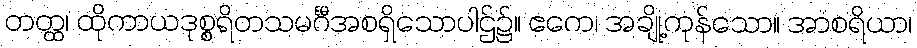
တတ္ထ၊ ထိုကာယဒုစ္စရိတသမင်္ဂီအစရှိသောပါဌ်၌။ ဧကေ၊ အချို့ကုန်သော။ အာစရိယာ၊